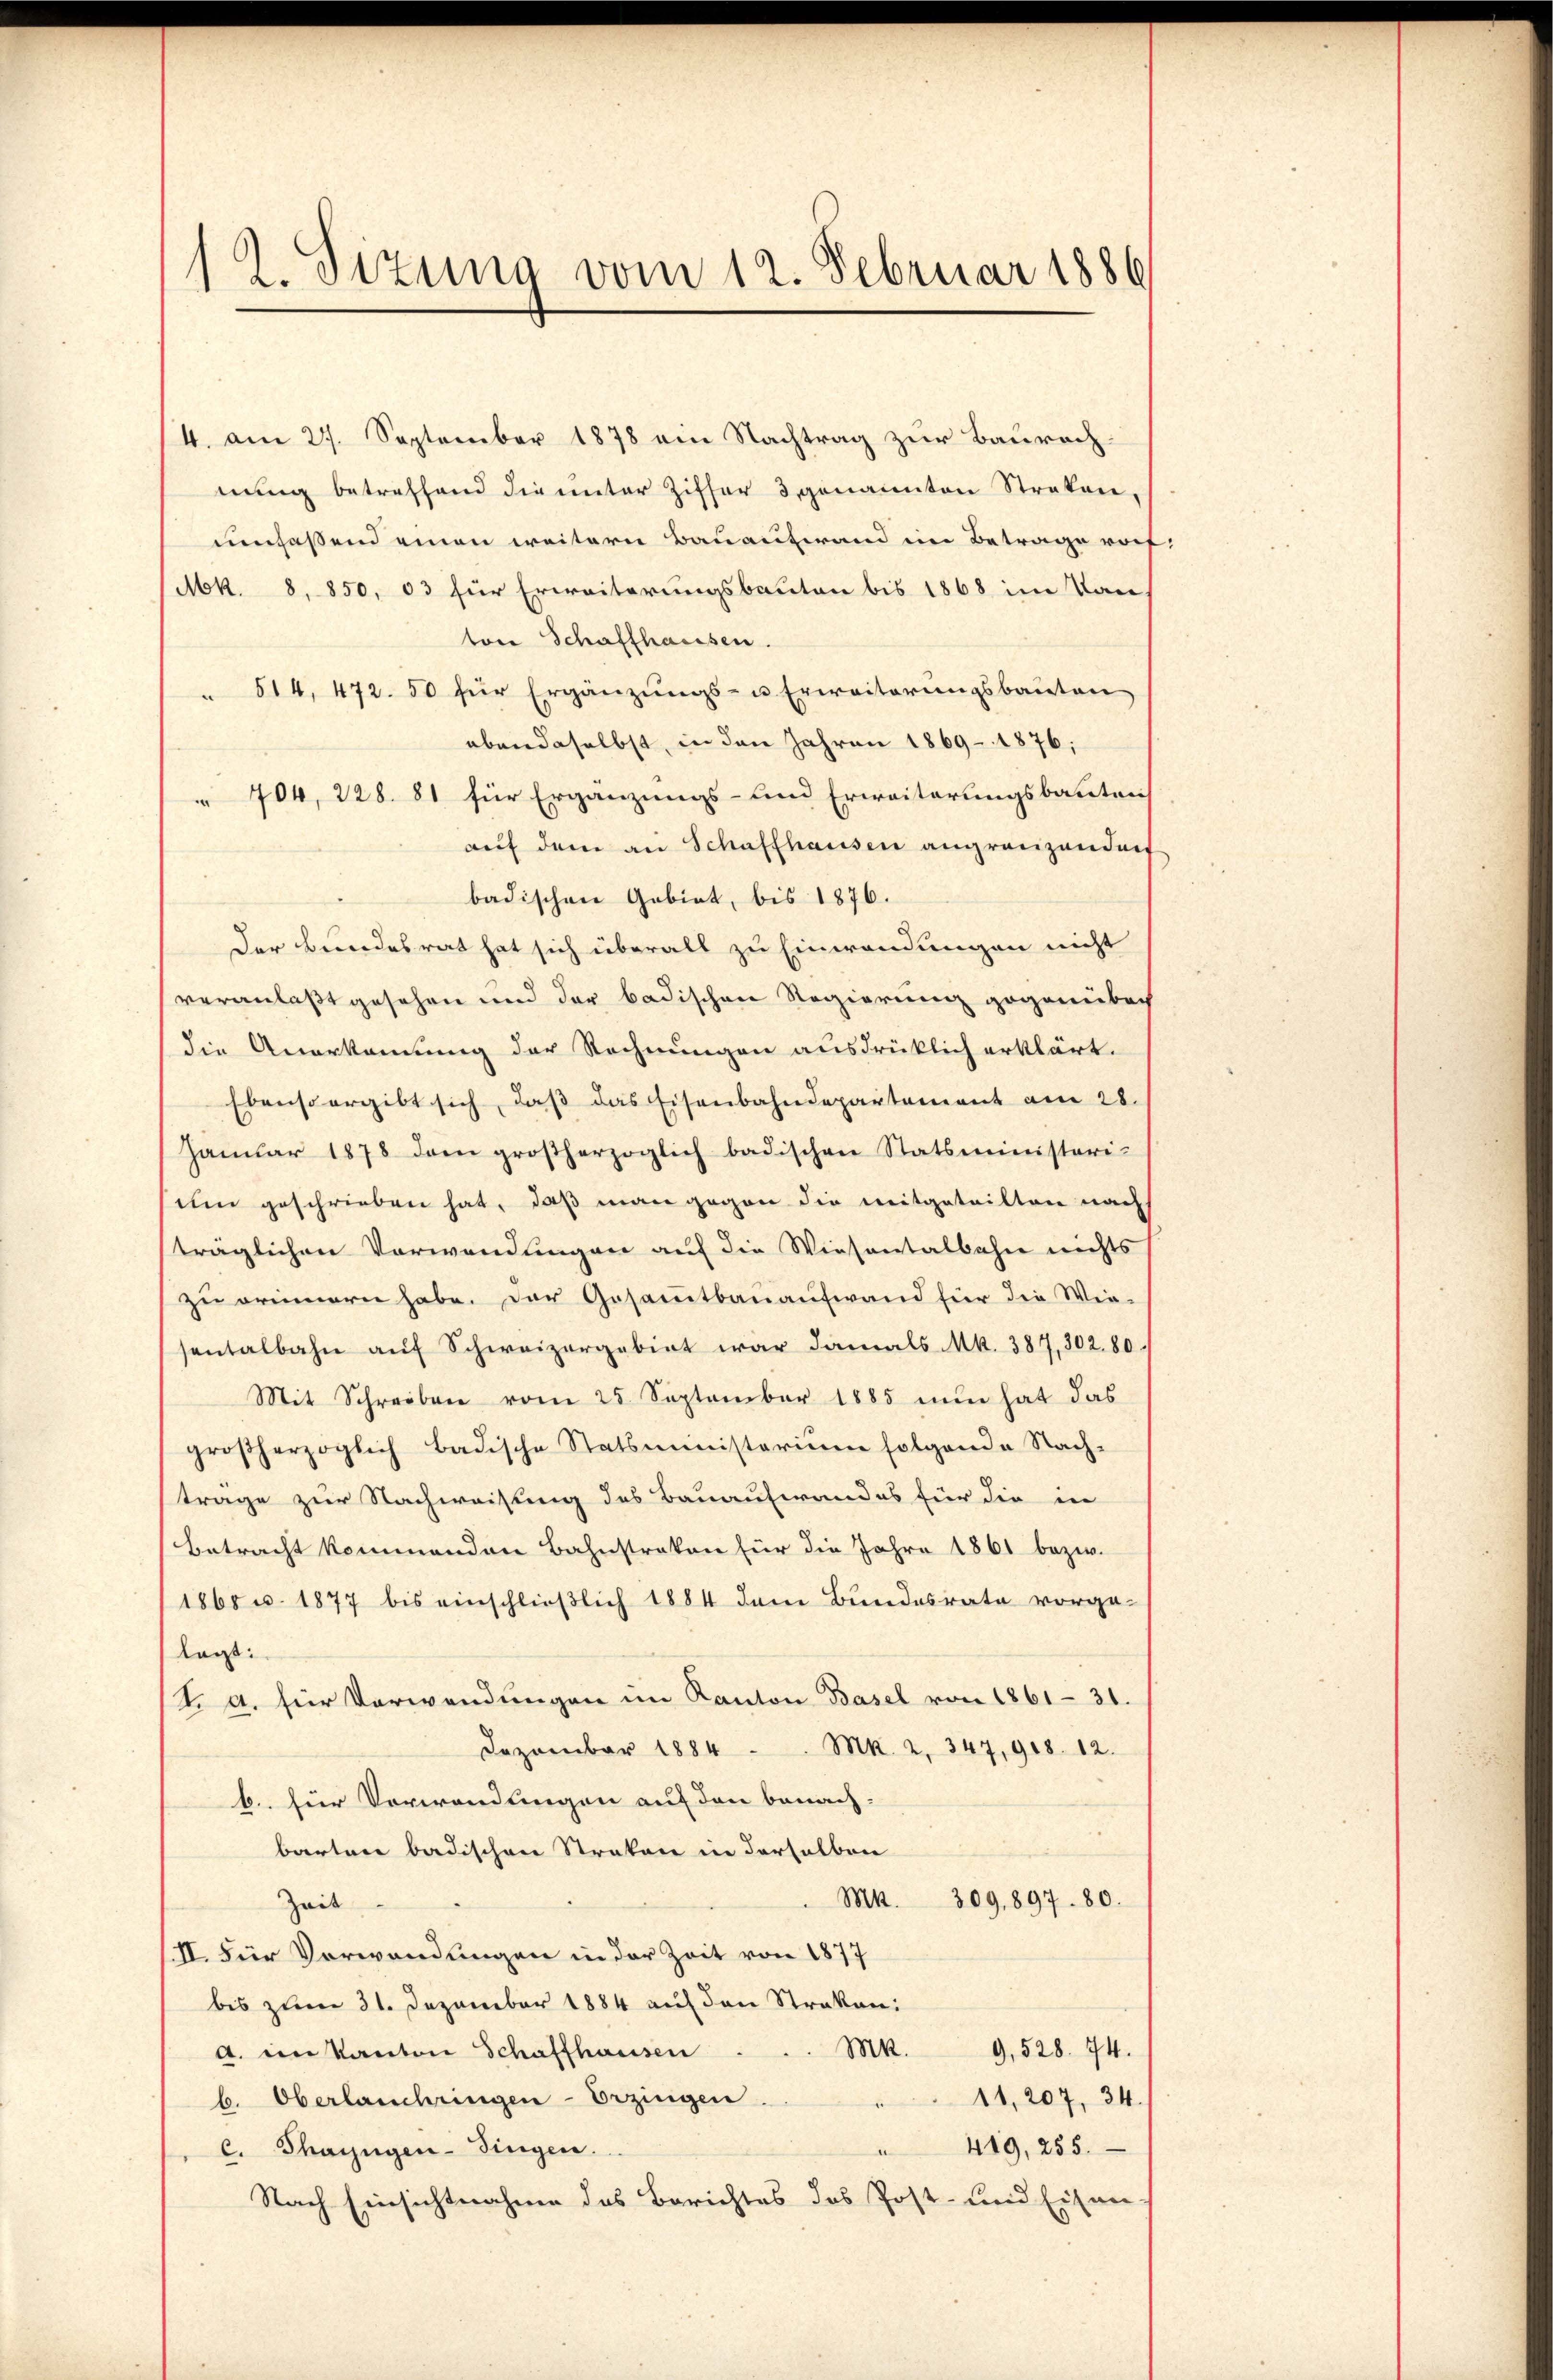
12. Sizung vom 12. Februar 1886

4. am 27. September 1878 ein Nachtrag zur Baurachnung betreffend die unter Ziffer 3 genannten Streken,
umfassend einen weitern Bauaufwand im Betrage vorf
Mk. 8. 850, 33 für Erweiterungsbauten bis 1868 im Van
ton Schaffhausen.
 514, 472. 50 für Ergänzungs- u Erweiterungsbauten
ebendaselbst, in den Jahren 1869 - 1876;
 704, 228. 81 für Ergänzungs- und Erweiterungsbauteni
auf dem an Schaffhausen angreizenden
badischen Gebiet, bis 1876.
Der Bundesrat hat sich überall zu Einwendungen nicht
veranlaßt gesehen und der badischen Regierung gegenüber
die Anerkennung der Rechnungen ausdrücklich erklärt.
Ebenso ergibt sich, daß das Eisenbahndepartement am 28.
Janŭar 1878 dem großherzoglich badischen Statsministeri-
um geschrieben hat, daß man gegen die mitgeteilten nach
träglichen Verwendungen auf die Wiesentalbahn nichts
zu erinnern habe. Der Gesammtbauaufwand für die Wie-
sentalbahn aŭf Schweizergebiet war damals Mk. 387, 302. 80.
Mit Schreiben vom 25. September 1885 nun hat das
großherzoglich badische Statsministerium folgende Nach-
trage zur Nachweisung des Bauaufwandes für die in
Betracht kommenden Bahnstraken für die Jahre 1861 bezw.
1865 u. 1877 bis einschließlich 1884 dem Bundesrate vorge-
lagt:
t. a. für Verwendungen im Kanton Basel von 1861 - 31.
Dezember 1884 Mk. 2, 347, 918. 12.
b. für Verwendungen auf den benach-
bartere badischen Straken in derselben
Mk. 309. 897. 80.
Zeit
II. Für Verwendungen in der Zeit von 1877
bis zum 31. Dezember 1884 auf den Strakan:
Mk. 9, 528. 74.
A. im Kanton Schaffhausen
b. Oberlanchringen-Erzingen.
11, 207, 34.
419, 255.
C. Thayngen-Singen.
Nach Einsichtnahme des Berichtes das Post- und Eisen-